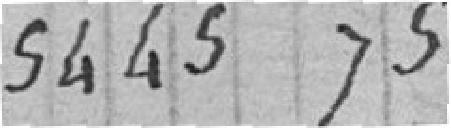
5 445.75 francs